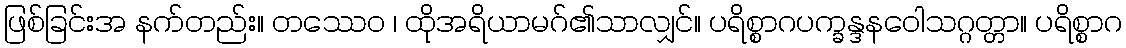
ဖြစ်ခြင်းအ နက်တည်း။ တဿေဝ ၊ ထိုအရိယာမဂ်၏သာလျှင်။ ပရိစ္စာဂပက္ခန္ဒနဝေါသဂ္ဂတ္တာ။ ပရိစ္စာဂ